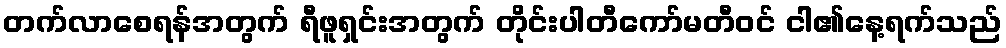
တက်လာစေရန်အတွက် ရီဖူရှင်းအတွက် တိုင်းပါတီကော်မတီဝင် ငါ၏နေ့ရက်သည်